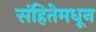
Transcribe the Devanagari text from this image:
संहितेमधून